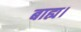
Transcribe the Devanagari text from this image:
बाह्य।